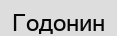
Годонин